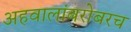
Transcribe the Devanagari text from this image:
अहवालांबरोबरच